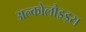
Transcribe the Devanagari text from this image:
अल्कोलौइड्स